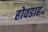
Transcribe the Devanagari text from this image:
होवडाह